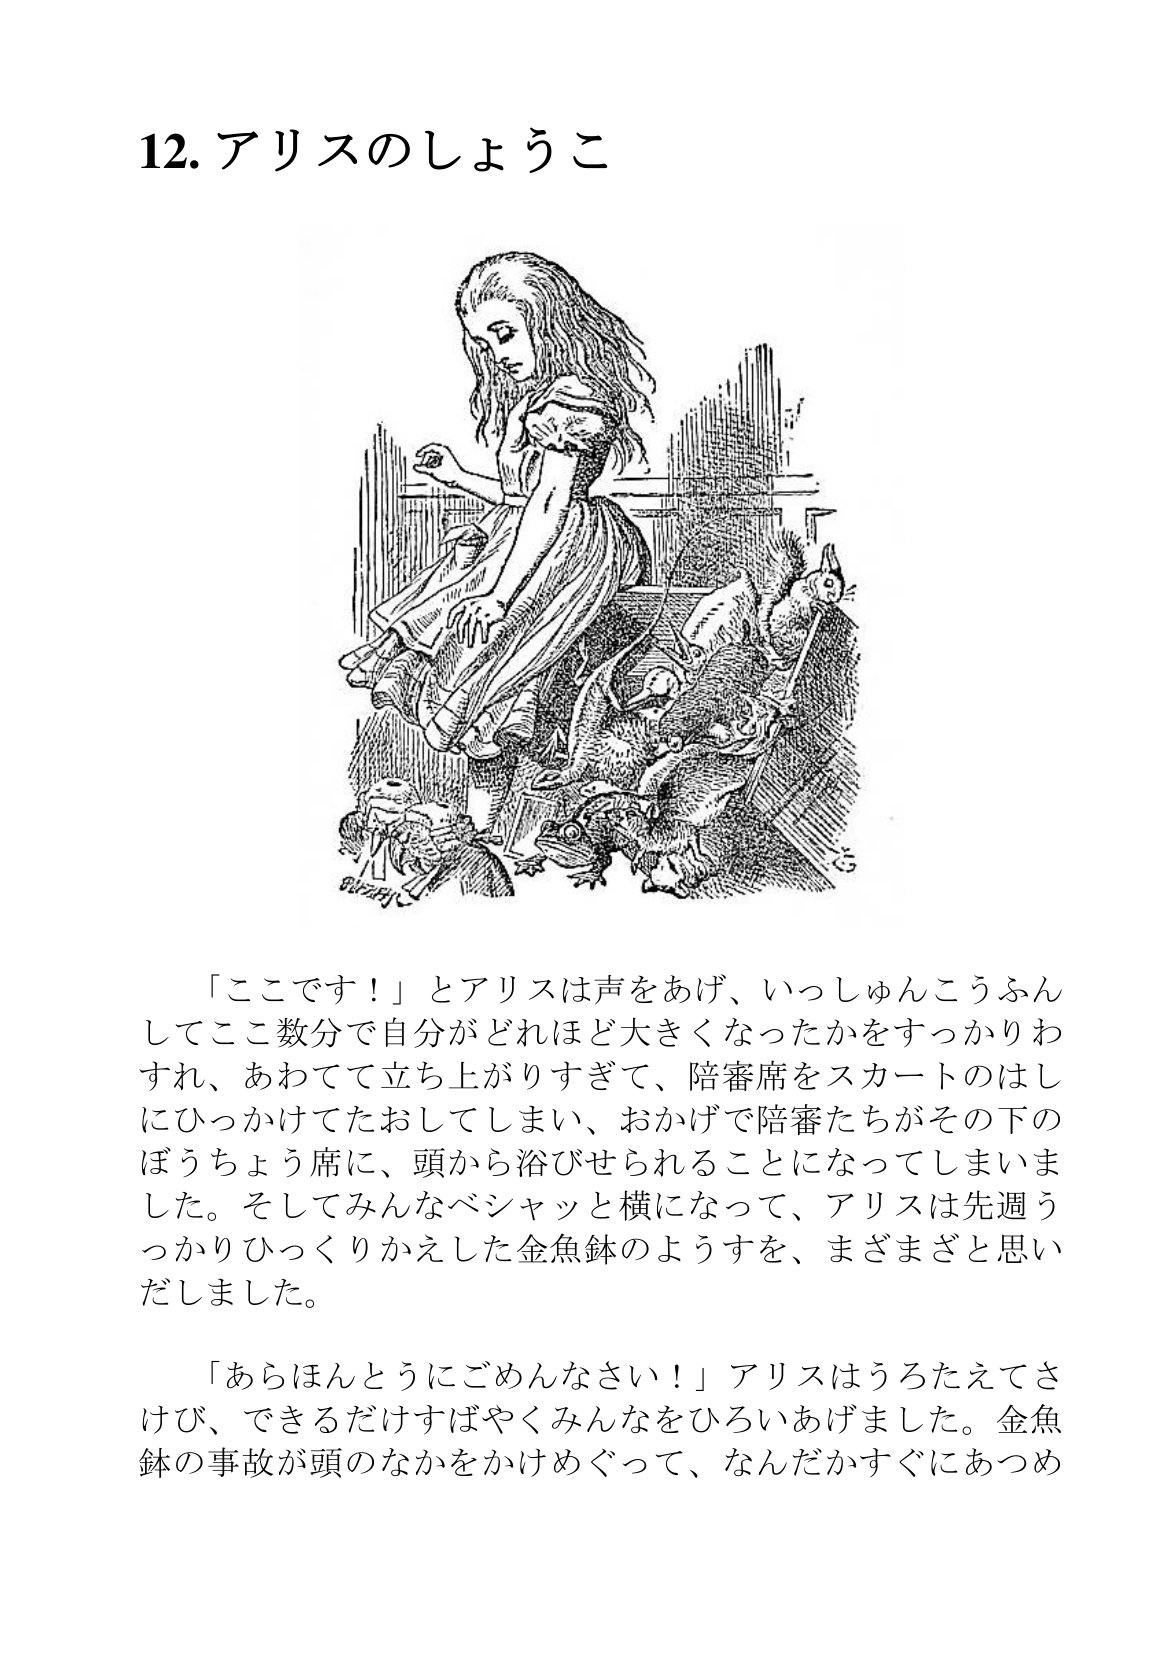
Language: ja